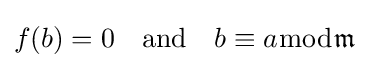
f(b)=0\quad {\text{and}}\quad b\equiv a{\bmod {\mathfrak {m}}}